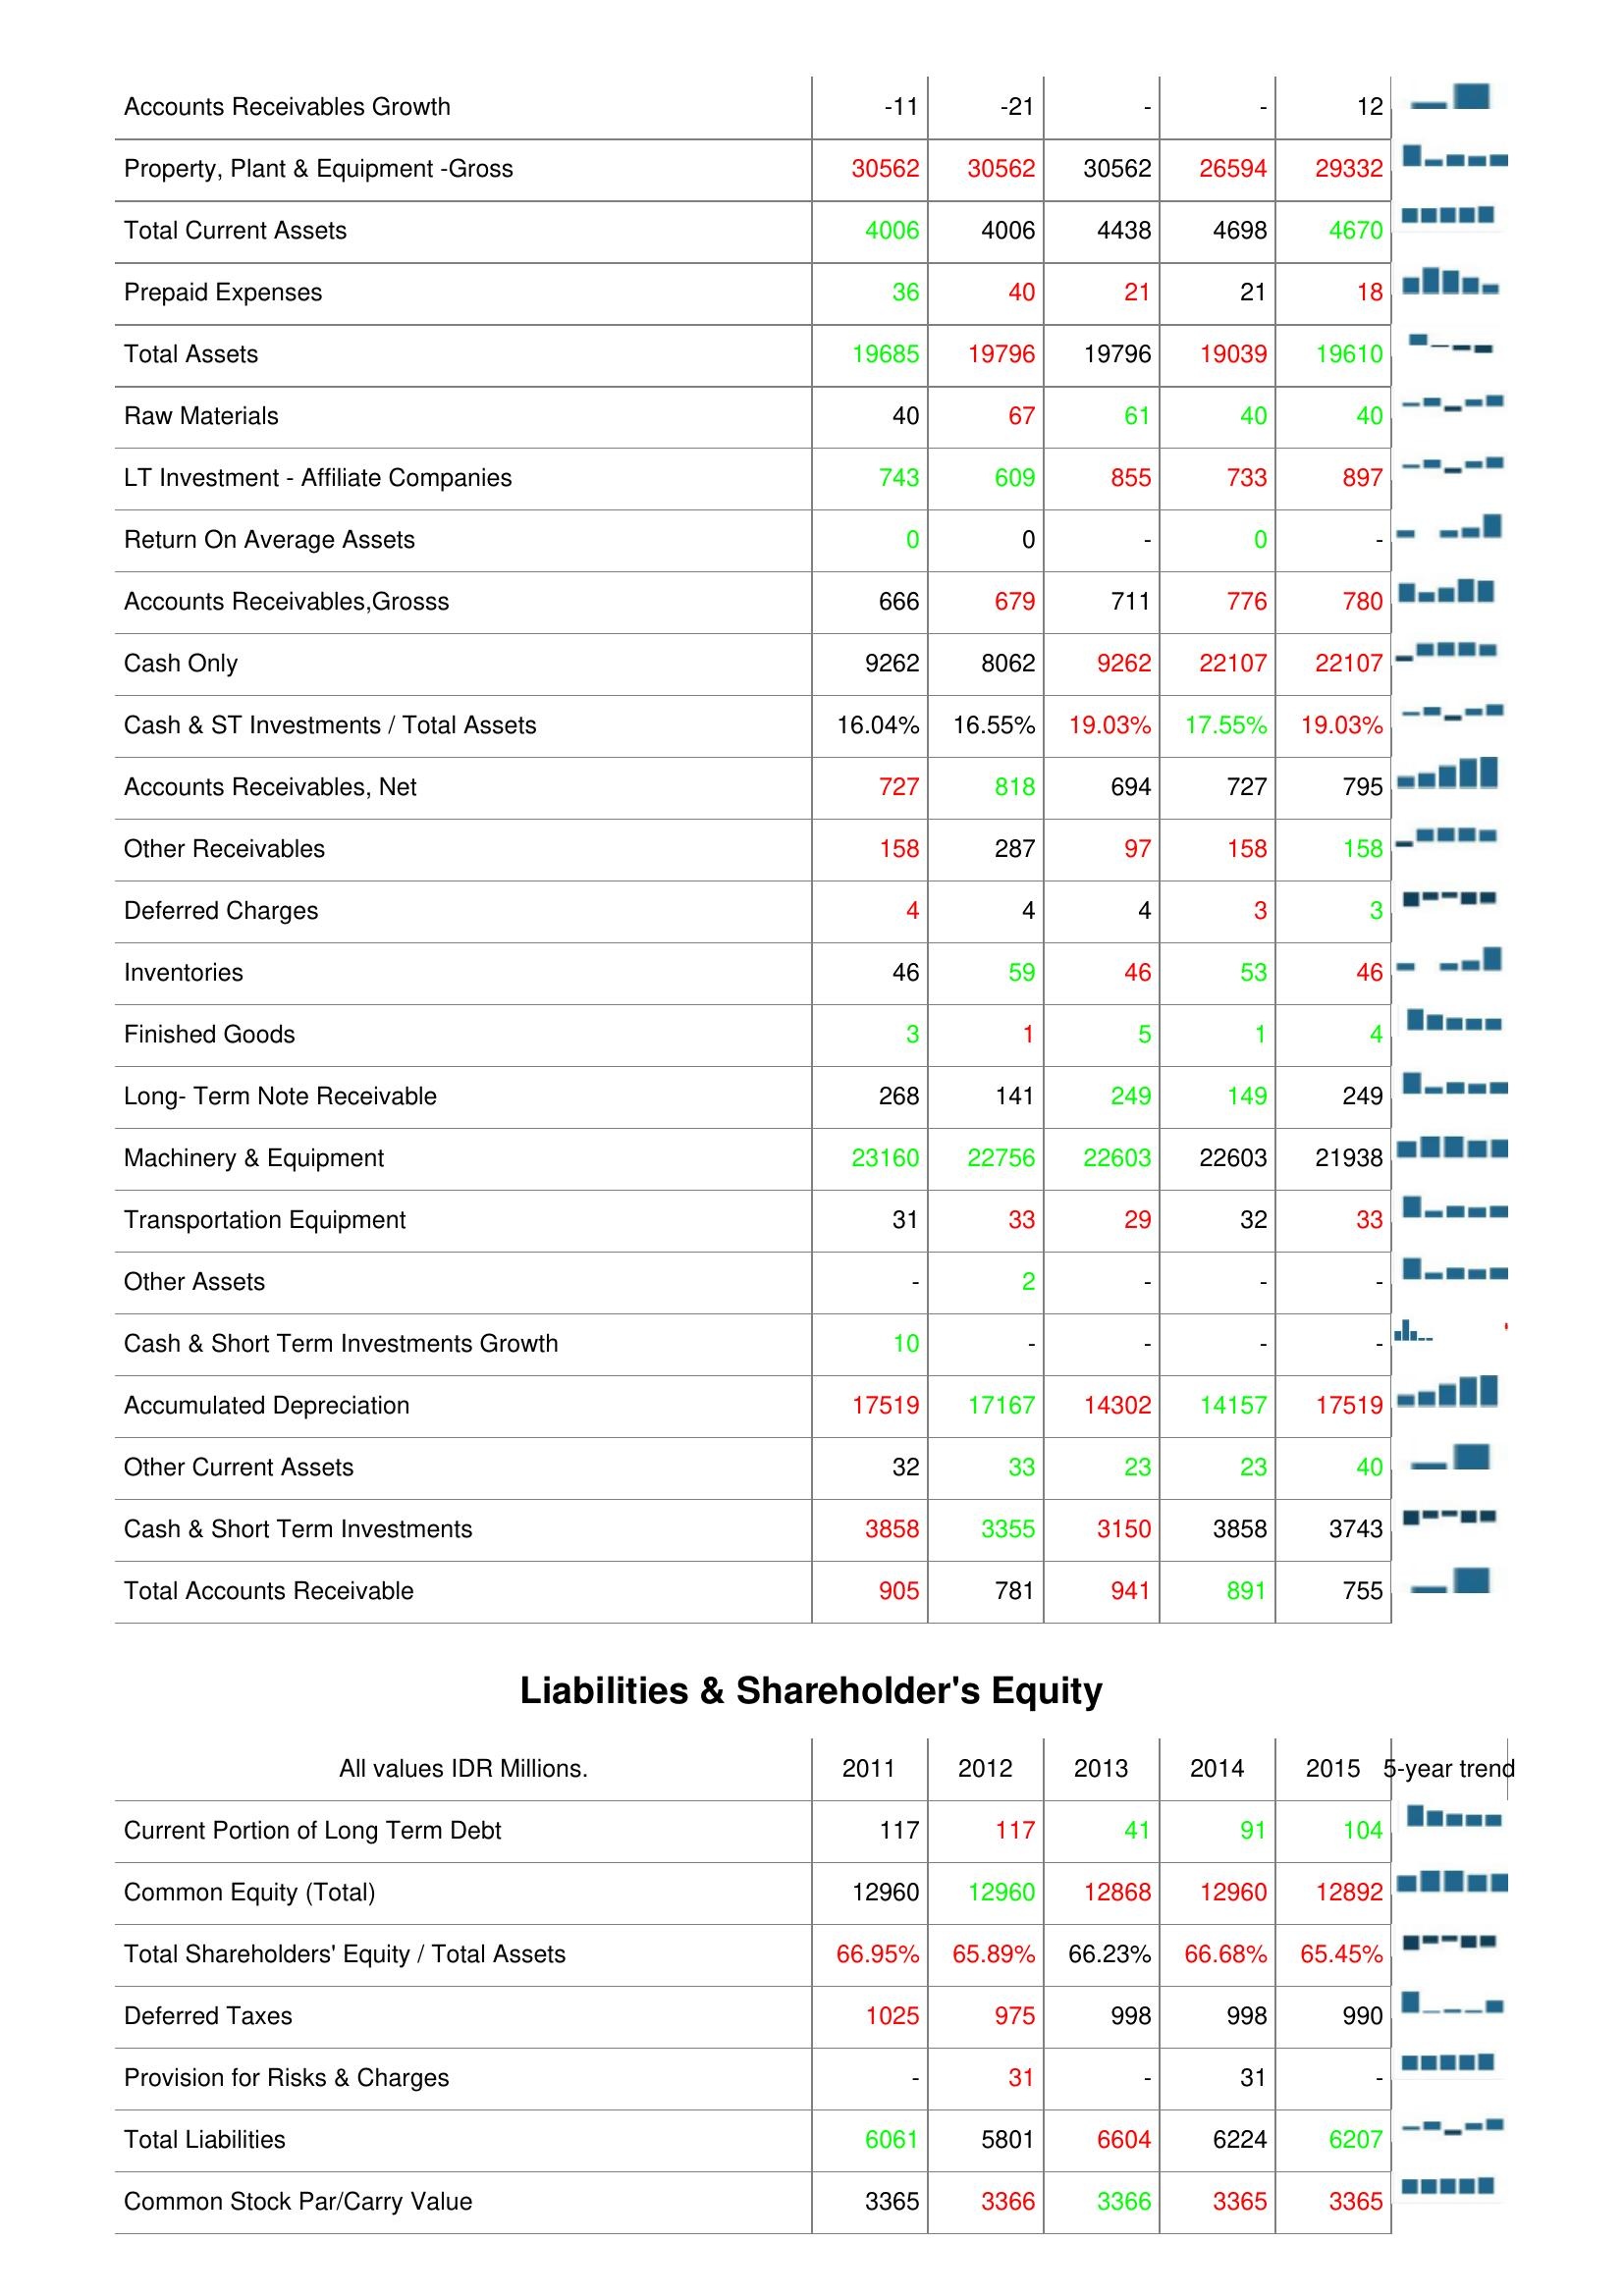
2011: Assets: Accounts Receivables Growth: -11
Property, Plant & Equipment -Gross: 30562
Total Current Assets: 4006
Prepaid Expenses: 36
Total Assets: 19685
Raw Materials: 40
LT Investment - Affiliate Companies: 743
Return On Average Assets: 0
Accounts Receivables,Grosss: 666
Cash Only: 9262
Cash & ST Investments / Total Assets: 16.04%
Accounts Receivables, Net: 727
Other Receivables: 158
Deferred Charges: 4
Inventories: 46
Finished Goods: 3
Long- Term Note Receivable: 268
Machinery & Equipment: 23160
Transportation Equipment: 31
Other Assets: -
Cash & Short Term Investments Growth: 10
Accumulated Depreciation: 17519
Other Current Assets: 32
Cash & Short Term Investments: 3858
Total Accounts Receivable: 905
Liabilities & Shareholder's Equity: Current Portion of Long Term Debt: 117
Common Equity (Total): 12960
Total Shareholders' Equity / Total Assets: 66.95%
Deferred Taxes: 1025
Provision for Risks & Charges: -
Total Liabilities: 6061
Common Stock Par/Carry Value: 3365
2012: Assets: Accounts Receivables Growth: -21
Property, Plant & Equipment -Gross: 30562
Total Current Assets: 4006
Prepaid Expenses: 40
Total Assets: 19796
Raw Materials: 67
LT Investment - Affiliate Companies: 609
Return On Average Assets: 0
Accounts Receivables,Grosss: 679
Cash Only: 8062
Cash & ST Investments / Total Assets: 16.55%
Accounts Receivables, Net: 818
Other Receivables: 287
Deferred Charges: 4
Inventories: 59
Finished Goods: 1
Long- Term Note Receivable: 141
Machinery & Equipment: 22756
Transportation Equipment: 33
Other Assets: 2
Cash & Short Term Investments Growth: -
Accumulated Depreciation: 17167
Other Current Assets: 33
Cash & Short Term Investments: 3355
Total Accounts Receivable: 781
Liabilities & Shareholder's Equity: Current Portion of Long Term Debt: 117
Common Equity (Total): 12960
Total Shareholders' Equity / Total Assets: 65.89%
Deferred Taxes: 975
Provision for Risks & Charges: 31
Total Liabilities: 5801
Common Stock Par/Carry Value: 3366
2013: Assets: Accounts Receivables Growth: -
Property, Plant & Equipment -Gross: 30562
Total Current Assets: 4438
Prepaid Expenses: 21
Total Assets: 19796
Raw Materials: 61
LT Investment - Affiliate Companies: 855
Return On Average Assets: -
Accounts Receivables,Grosss: 711
Cash Only: 9262
Cash & ST Investments / Total Assets: 19.03%
Accounts Receivables, Net: 694
Other Receivables: 97
Deferred Charges: 4
Inventories: 46
Finished Goods: 5
Long- Term Note Receivable: 249
Machinery & Equipment: 22603
Transportation Equipment: 29
Other Assets: -
Cash & Short Term Investments Growth: -
Accumulated Depreciation: 14302
Other Current Assets: 23
Cash & Short Term Investments: 3150
Total Accounts Receivable: 941
Liabilities & Shareholder's Equity: Current Portion of Long Term Debt: 41
Common Equity (Total): 12868
Total Shareholders' Equity / Total Assets: 66.23%
Deferred Taxes: 998
Provision for Risks & Charges: -
Total Liabilities: 6604
Common Stock Par/Carry Value: 3366
2014: Assets: Accounts Receivables Growth: -
Property, Plant & Equipment -Gross: 26594
Total Current Assets: 4698
Prepaid Expenses: 21
Total Assets: 19039
Raw Materials: 40
LT Investment - Affiliate Companies: 733
Return On Average Assets: 0
Accounts Receivables,Grosss: 776
Cash Only: 22107
Cash & ST Investments / Total Assets: 17.55%
Accounts Receivables, Net: 727
Other Receivables: 158
Deferred Charges: 3
Inventories: 53
Finished Goods: 1
Long- Term Note Receivable: 149
Machinery & Equipment: 22603
Transportation Equipment: 32
Other Assets: -
Cash & Short Term Investments Growth: -
Accumulated Depreciation: 14157
Other Current Assets: 23
Cash & Short Term Investments: 3858
Total Accounts Receivable: 891
Liabilities & Shareholder's Equity: Current Portion of Long Term Debt: 91
Common Equity (Total): 12960
Total Shareholders' Equity / Total Assets: 66.68%
Deferred Taxes: 998
Provision for Risks & Charges: 31
Total Liabilities: 6224
Common Stock Par/Carry Value: 3365
2015: Assets: Accounts Receivables Growth: 12
Property, Plant & Equipment -Gross: 29332
Total Current Assets: 4670
Prepaid Expenses: 18
Total Assets: 19610
Raw Materials: 40
LT Investment - Affiliate Companies: 897
Return On Average Assets: -
Accounts Receivables,Grosss: 780
Cash Only: 22107
Cash & ST Investments / Total Assets: 19.03%
Accounts Receivables, Net: 795
Other Receivables: 158
Deferred Charges: 3
Inventories: 46
Finished Goods: 4
Long- Term Note Receivable: 249
Machinery & Equipment: 21938
Transportation Equipment: 33
Other Assets: -
Cash & Short Term Investments Growth: -
Accumulated Depreciation: 17519
Other Current Assets: 40
Cash & Short Term Investments: 3743
Total Accounts Receivable: 755
Liabilities & Shareholder's Equity: Current Portion of Long Term Debt: 104
Common Equity (Total): 12892
Total Shareholders' Equity / Total Assets: 65.45%
Deferred Taxes: 990
Provision for Risks & Charges: -
Total Liabilities: 6207
Common Stock Par/Carry Value: 3365